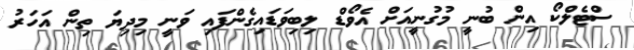
ސްޓެލްކޯ އިން ބުނީ މުގުނީއަށް އެވޯޑް ލިބިވަޑައިގެންފައި ވަނީ މިދިޔަ ތިން އަހަރު